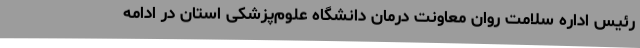
رئیس اداره سلامت روان معاونت درمان دانشگاه علوم‌پزشکی استان در ادامه